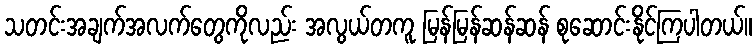
သတင်းအချက်အလက်တွေကိုလည်း အလွယ်တကူ မြန်မြန်ဆန်ဆန် စုဆောင်းနိုင်ကြပါတယ်။